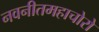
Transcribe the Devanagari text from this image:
नवनीतमहाचोरो